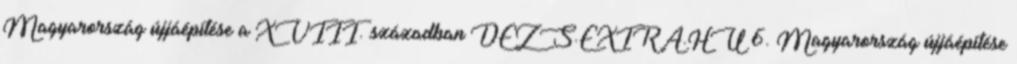
Magyarország újjáépítése a XVIII. században DEZS.EXTRA.HU 6. Magyarország újjáépítése